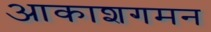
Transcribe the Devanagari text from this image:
आकाशगमन